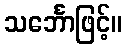
သင်္ဘောဖြင့်။